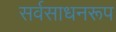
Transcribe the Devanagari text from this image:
सर्वसाधनरूप